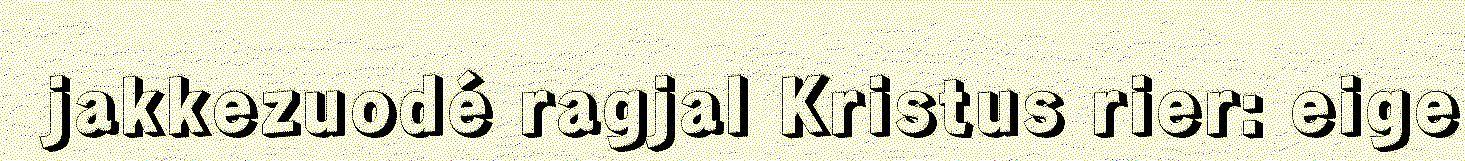
jakkezuodé ragjal Kristus rier: eige